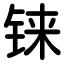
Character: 铼